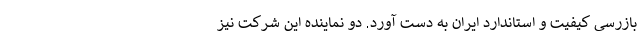
بازرسی کیفیت و استاندارد ایران به دست آورد. دو نماینده این شرکت نیز